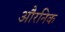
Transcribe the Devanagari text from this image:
औरनिक